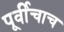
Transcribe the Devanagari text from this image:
पूर्वीचाच